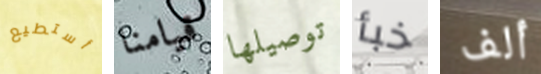
أستطيع قيامنا توصيلها خبأ ألف